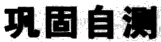
巩固自测